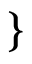
\begin{array} { r } { \left. \begin{array} { r l r } \end{array} \right\} \qquad } \end{array}